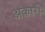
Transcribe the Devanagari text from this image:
अकारी